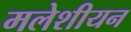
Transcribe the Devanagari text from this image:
मलेशीयन